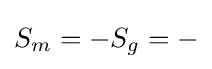
S_{m}=-S_{g}=-